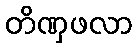
တိဏှဖလာ